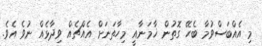
މި އެއްބަސްވުމާ ބެހޭ ގޮތުން ޚާމަނާއީ މިހާތަަނަށް އެއްޗެއް ވިދާޅެއް ނުވެ އެވެ.